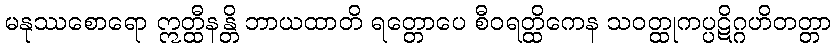
မနုဿစောရော ဣတ္ထီနန္တိ ဘာယထာတိ ရတ္တောပေ စီဝရတ္ထိကေန သဝတ္ထုကပ္ပဋိဂ္ဂဟိတတ္တာ